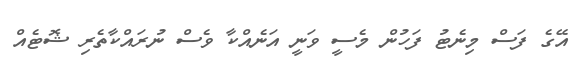
އޭގެ ފަސް މިނެޓު ފަހުން މެސީ ވަނީ އަނެއްކާ ވެސް ނުރައްކާތެރި ޝޮޓެއް